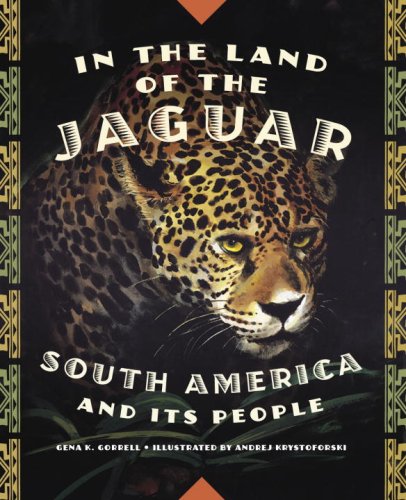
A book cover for In the Land of the Jaguar: South America and Its People; Gena K. Gorrell; Children's Books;